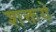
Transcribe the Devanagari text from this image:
शक्तये